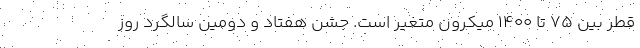
قطر بین ۷۵ تا ۱۴۰۰ میکرون متغیر است. جشن هفتاد و دومین سالگرد روز